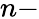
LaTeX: n-